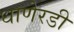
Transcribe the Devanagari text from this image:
धाणेरडी